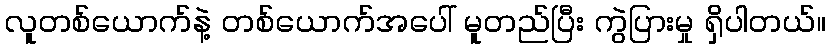
လူတစ်ယောက်နဲ့ တစ်ယောက်အပေါ် မူတည်ပြီး ကွဲပြားမှု ရှိပါတယ်။